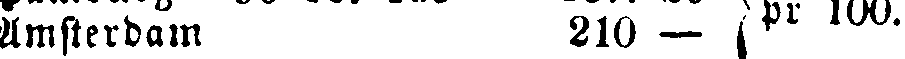
Amsterdam 210 - | pr 100.